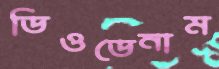
ডিওডেনাম